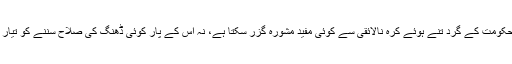
اس حکومت کے گرد تنے ہوئے کرّۂ نالائقی سے کوئی مفید مشورہ گزر سکتا ہے، نہ اس کے پار کوئی ڈھنگ کی صلاح سننے کو تیار ہے۔